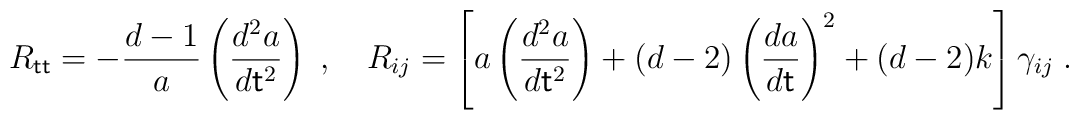
R_{\sf tt} = -\frac{d-1}{a}\left( \frac{d^2a}{d{\sf t}^2} \right) \;, ~~~R_{ij} =\left[ a\left(\frac{d^2a}{d{\sf t}^2}\right)+(d-2)\left(\frac{da}{d\sf t}\right)^2+(d-2)k\right]\gamma_{ij}  \;.